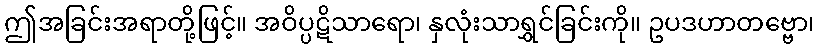
ဤအခြင်းအရာတို့ဖြင့်။ အဝိပ္ပဋိသာရော၊ နှလုံးသာရွှင်ခြင်းကို။ ဥပဒဟာတဗ္ဗော၊